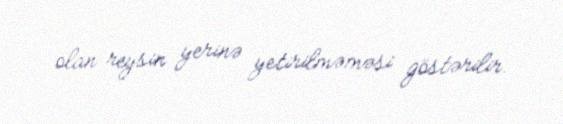
olan reysin yerinə yetirilməməsi göstərilir.